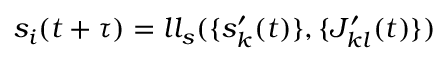
s _ { i } ( t + \tau ) = l l _ { s } ( \{ s _ { k } ^ { \prime } ( t ) \} , \{ J _ { k l } ^ { \prime } ( t ) \} )